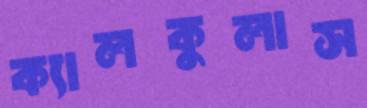
ক্যালকুলাস